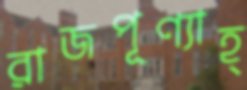
রাজপূণ্যাহ্